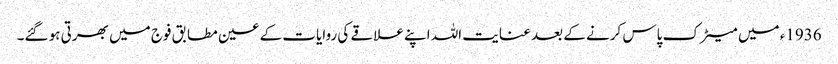
1936ء میں میٹرک پاس کرنے کے بعد عنایت اللہ اپنے علاقے کی روایات کے عین مطابق فوج میں بھرتی ہو گئے۔